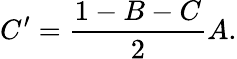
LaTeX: C^{\prime}=\frac{1-B-C}{2}A.